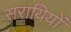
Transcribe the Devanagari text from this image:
सरायियों